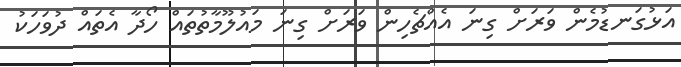
އަޅުގަނޑުމެން ވަރަށް ގިނަ އެއްޗެހިން ވަރަށް ގިނަ މައުލޫމާތުތައް ހޯދާ އެތައް ދުވަހަކު